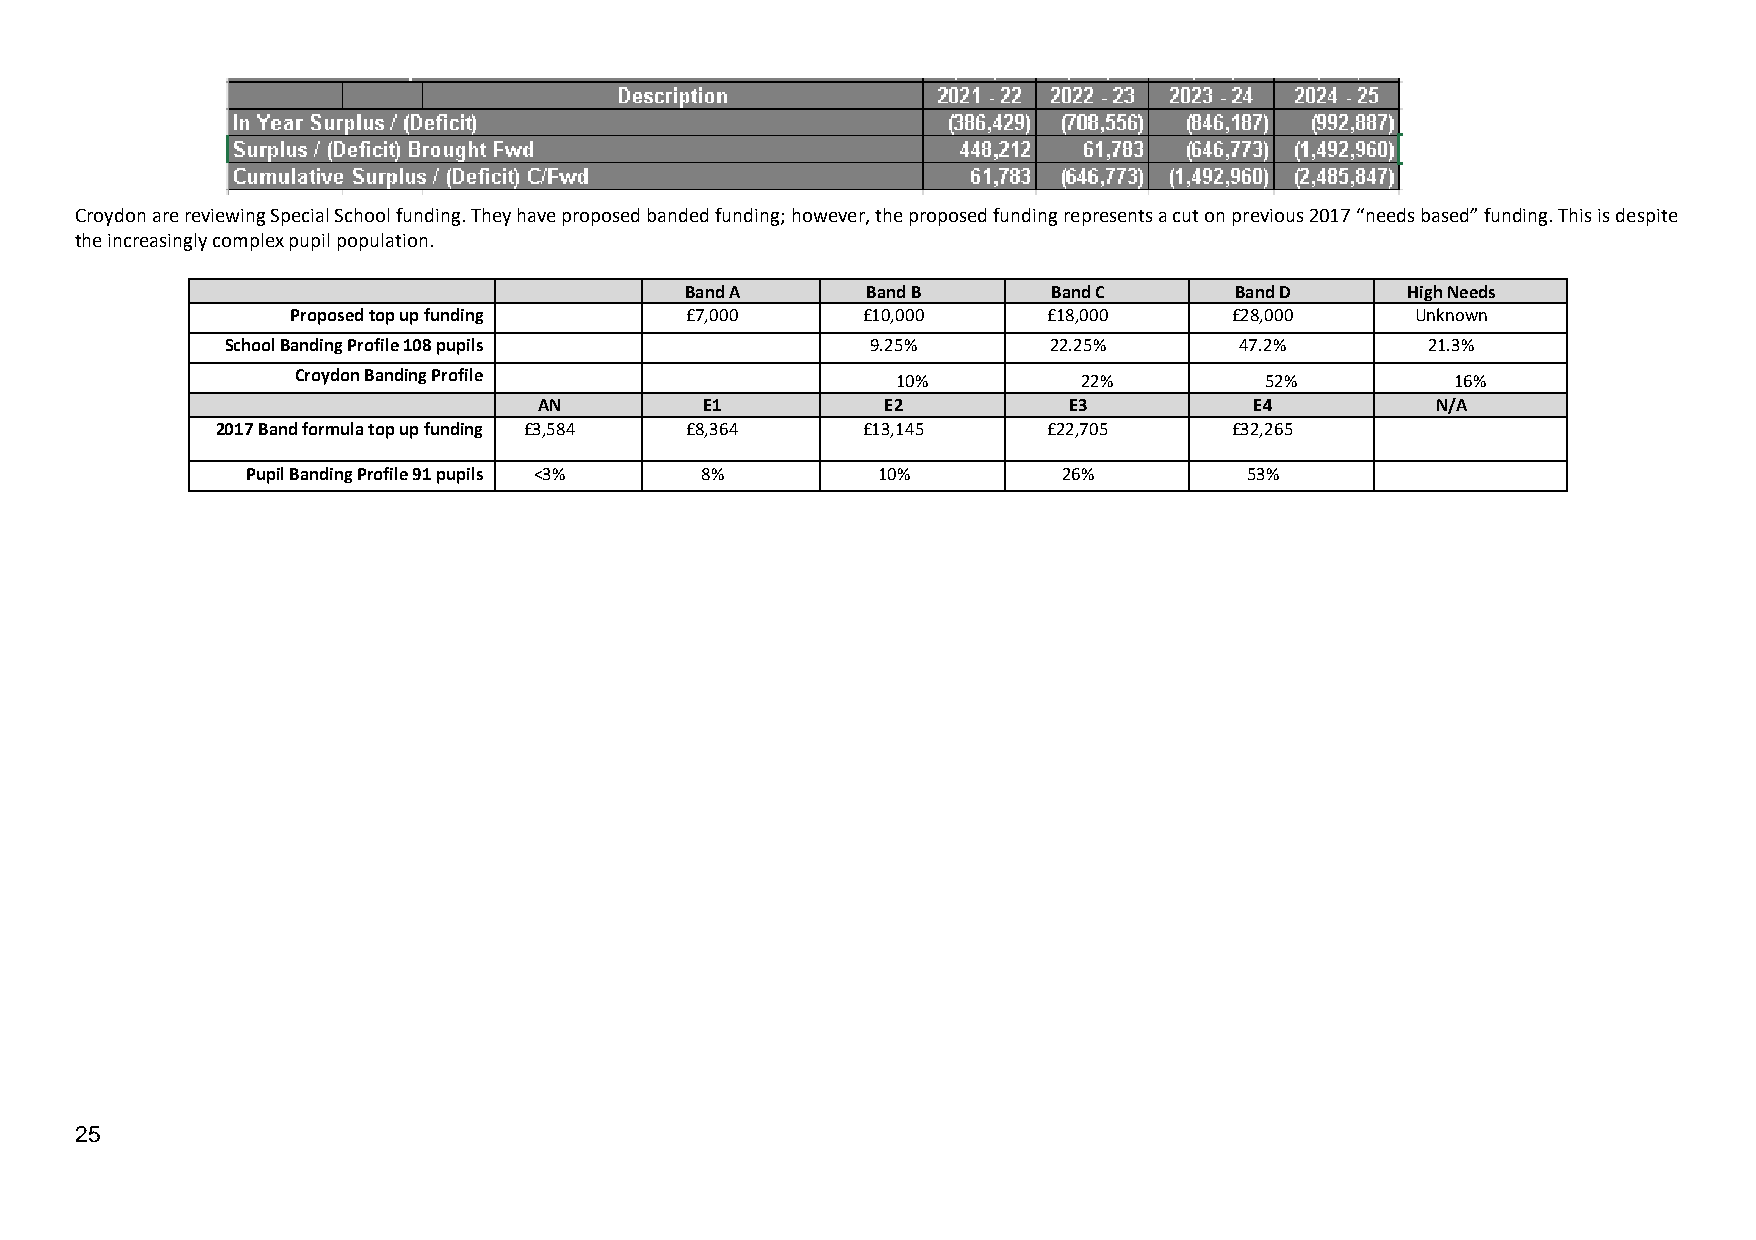
Croydon are reviewing Special School funding. They have proposed banded funding; however, the proposed funding represents a cut on previous 2017 “needs based” funding. This is despite
 the increasingly complex pupil population.
 Band A      Band B       Band C      Band D     High Needs
 Proposed top up fundin g  £7,000      £10,000     £18,000      £28,000     Unknown
 School Banding Profile 108 pupils          9.25%      22.25%       47.2%        21.3%
 Croydon Banding Profi le                10%          22%         52%         16%
 AN         E1          E2          E3          E4          N/A
 2017 Band formula top up funding £3,584 £8,364 £13,145 £22,705      £32,265
 Pupil Banding Profile 91 pupils <3% 8%    10%         26%         53%
 25